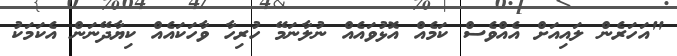
"އަހަރެން ލައިއަށް އެއްވެސް ކަމެއް އޮޅުވައެއް ނުލާނަމޭ ހުރިހާ ވާހަކައެއް ކިޔާދޭނަން އެކަމަކު